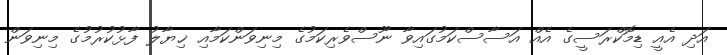
އަދި އެއީ ޑިމޮކްރަސީގެ އެއް އަސާސްކަމުގައިވާ ނޫސްވެރިކަމުގެ މިނިވަންކަމާއި ޚިޔާލު ފާޅުކުރުމުގެ މިނިވަން